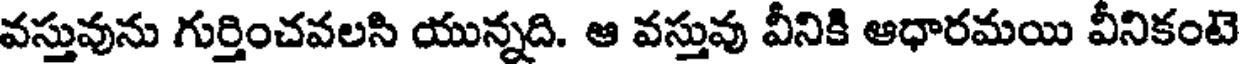
వస్తువును గుర్తించవలసి యున్నది. ఆ వస్తువు వీనికి ఆధారమయి వీనికంటె